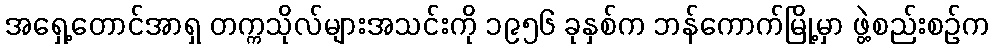
အရှေ့တောင်အာရှ တက္ကသိုလ်များအသင်းကို ၁၉၅၆ ခုနှစ်က ဘန်ကောက်မြို့မှာ ဖွဲ့စည်းစဉ်က